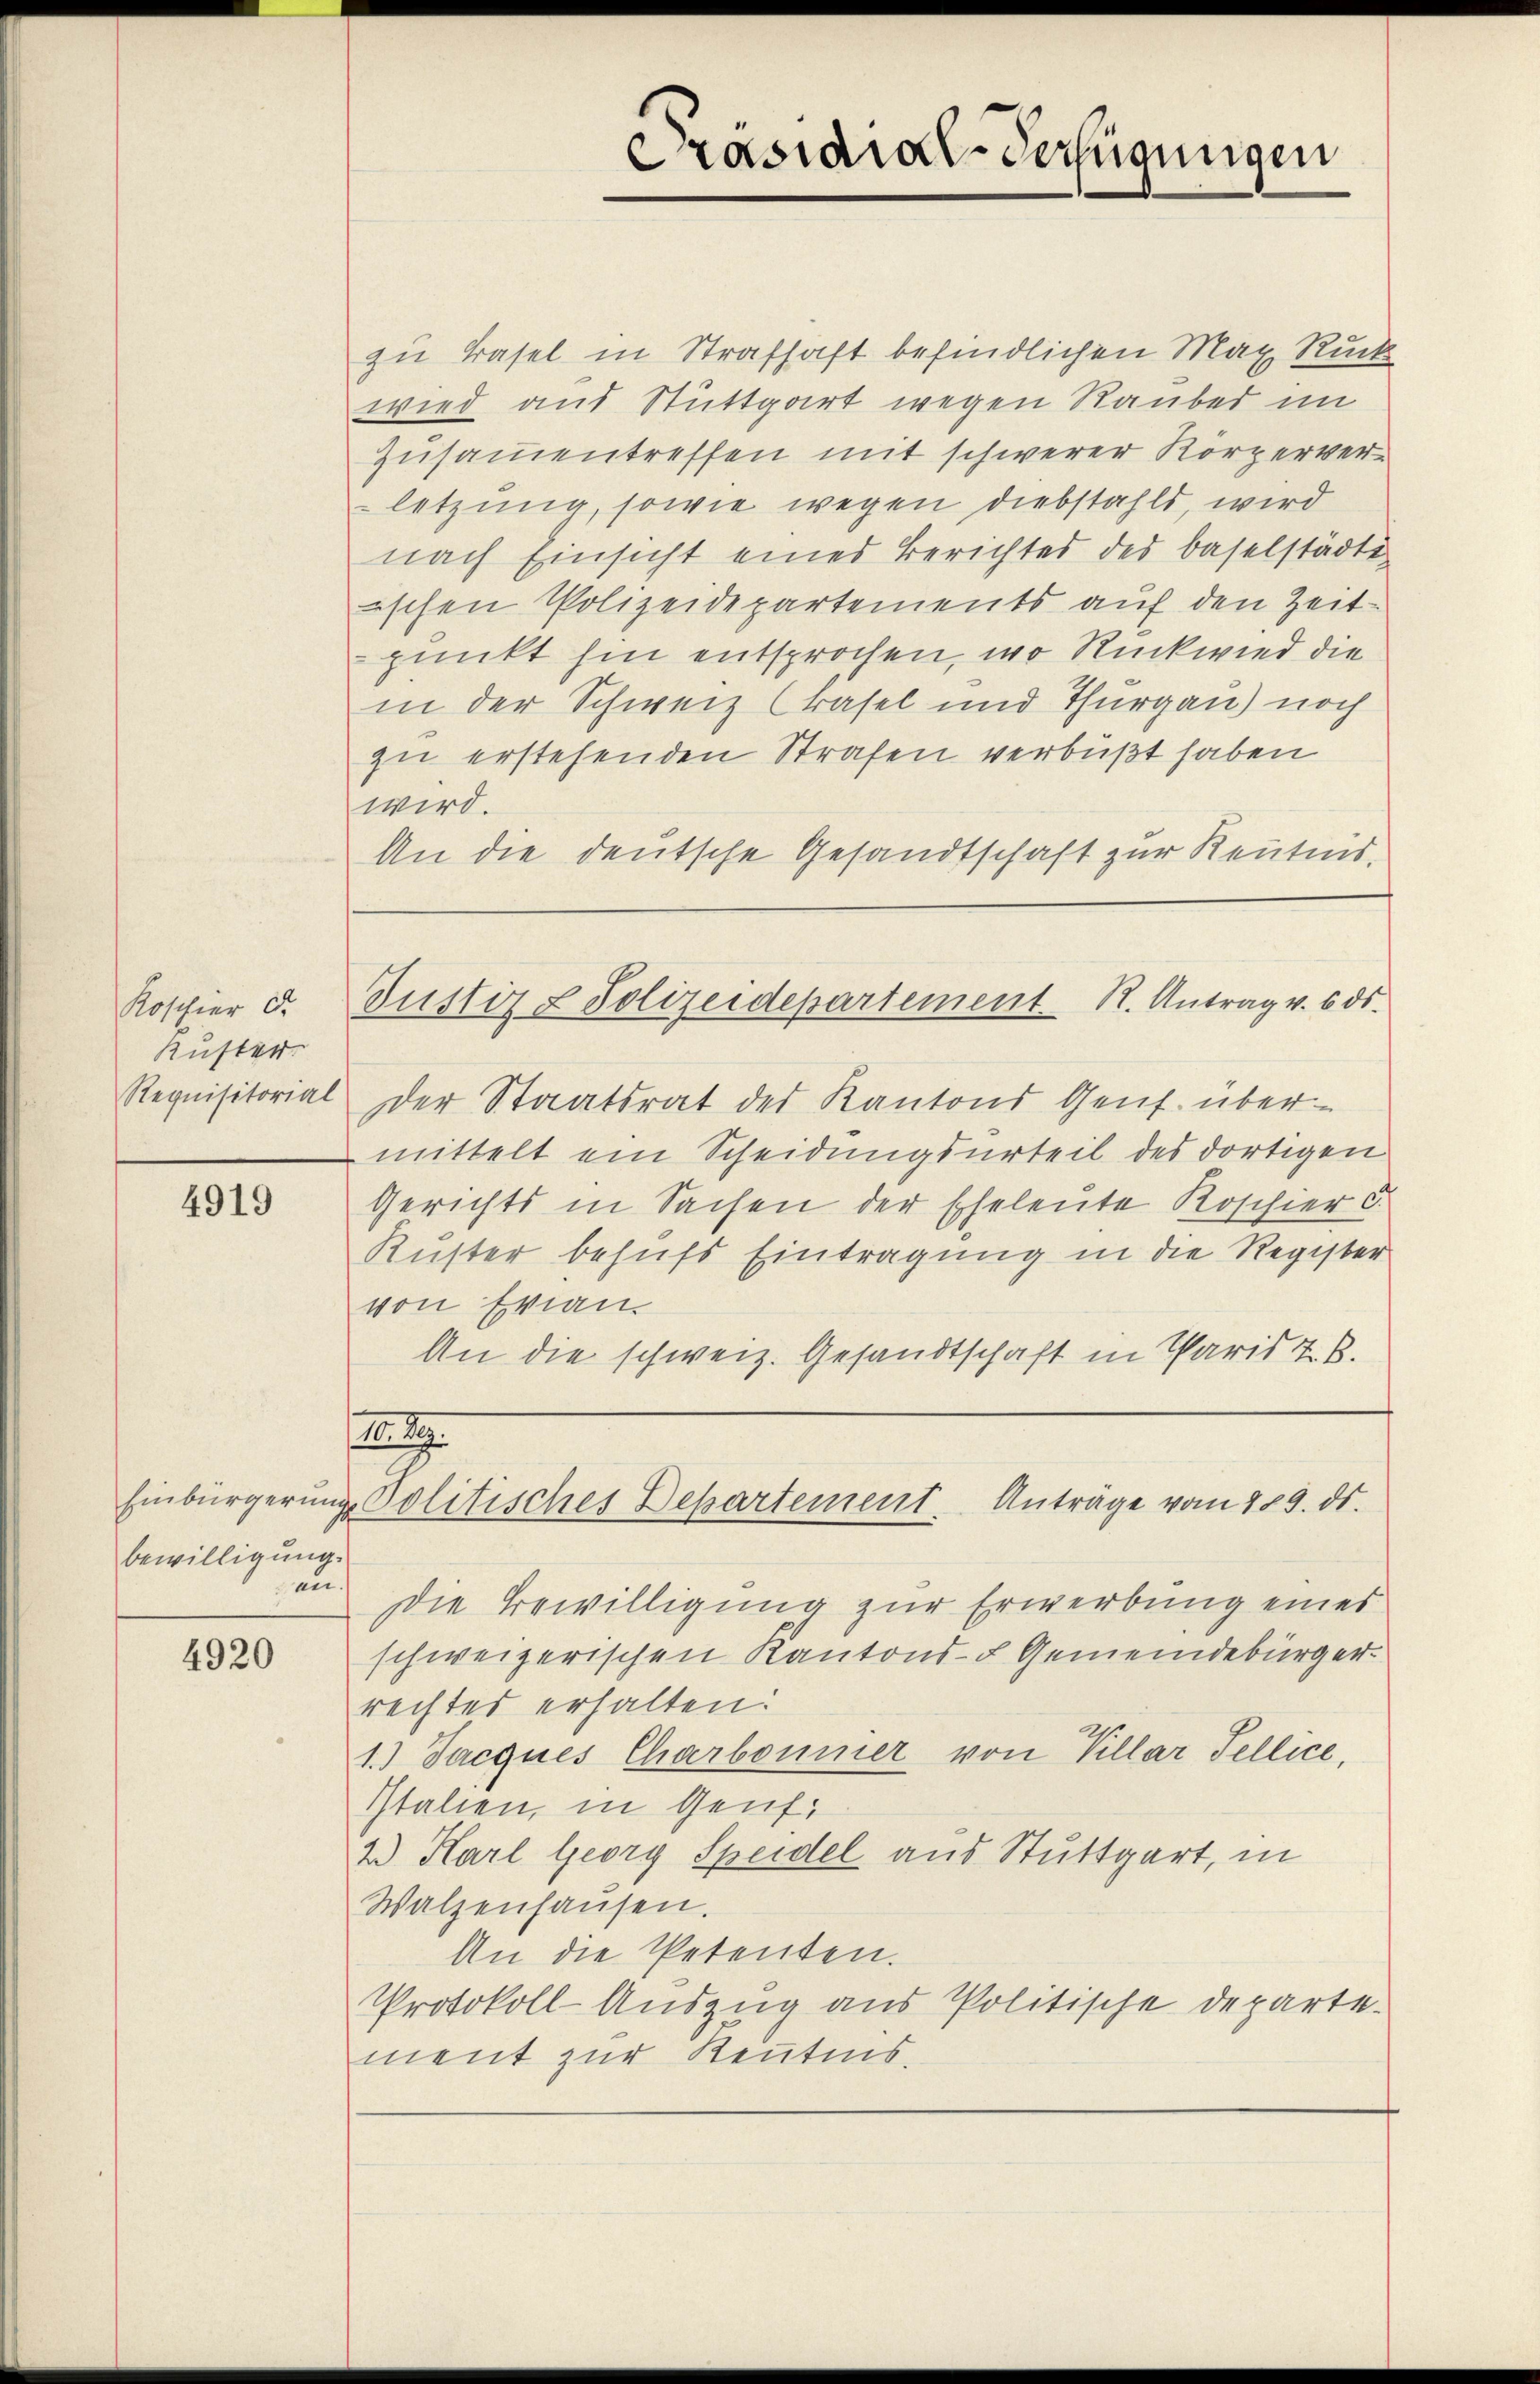
Koschier d.
Kuster
Requisitorial

4919

bewilligung.
an.

4920

Präsidial-Verfügungen

zu Basel in Strafhaft befindlichen Max Rück
wird aus Stuttgart wegen Rauber im
Zusammentreffen mit schwerer Körperverletzung, sowie wegen diebstahls, wird
nach Einsicht eines Berichtes des Baselstädtiischen Polizeidepartements auf den Zeitpunkt hin entsprochen, wo Rückwird die
in der Schweiz (Basel und Thurgau) noch
zu erstehenden Strafen verbüßt haben
wird.
An die deutsche Gesandtschaft zur Kenntnis,

Justiz & Polizeidepartement. R. Antrag v. 6. ds.

der Staatsrat des Kantons Genf. übermittelt ein Scheidungsurteil des dortigen
Gerichts in Sachen der Eheleute Koschier C.
Kuster behufs Eintragung in die Register
von Evian.
An die schweiz. Gesandtschaft in Paris z. B.
Die Bewilligung zur Erwerbung eines
schweizerischen Kantons- u Gemeindebürger.
rechtes erhalten:
1.) Jacques Charbonner von Villar Fellice,
Italien, in Genf.
2) Karl Georg Speidel aus Stuttgart, in
Walzenhaŭsen.
An die Petenten.
Protokoll-Auszug aus Politische Departe.
ment zur Kenntnis.

. 29.
Einbürgerŭng politisches Departement Anträge vom 189. ds.